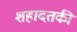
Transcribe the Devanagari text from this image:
शहादतकी